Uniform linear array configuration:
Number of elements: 64
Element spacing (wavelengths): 1
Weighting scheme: hamming
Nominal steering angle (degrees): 45
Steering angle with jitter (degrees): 43.629
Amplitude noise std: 0.05
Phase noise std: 0.05

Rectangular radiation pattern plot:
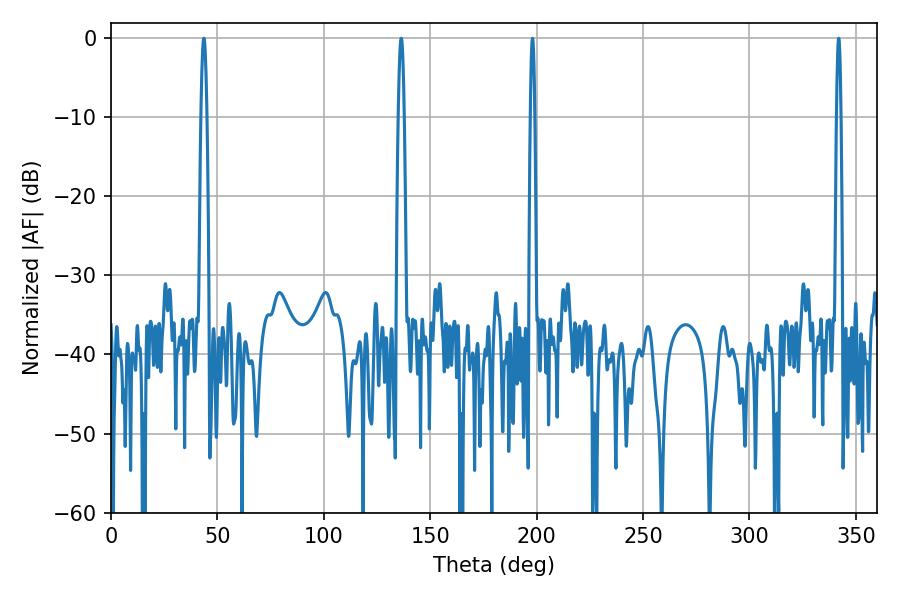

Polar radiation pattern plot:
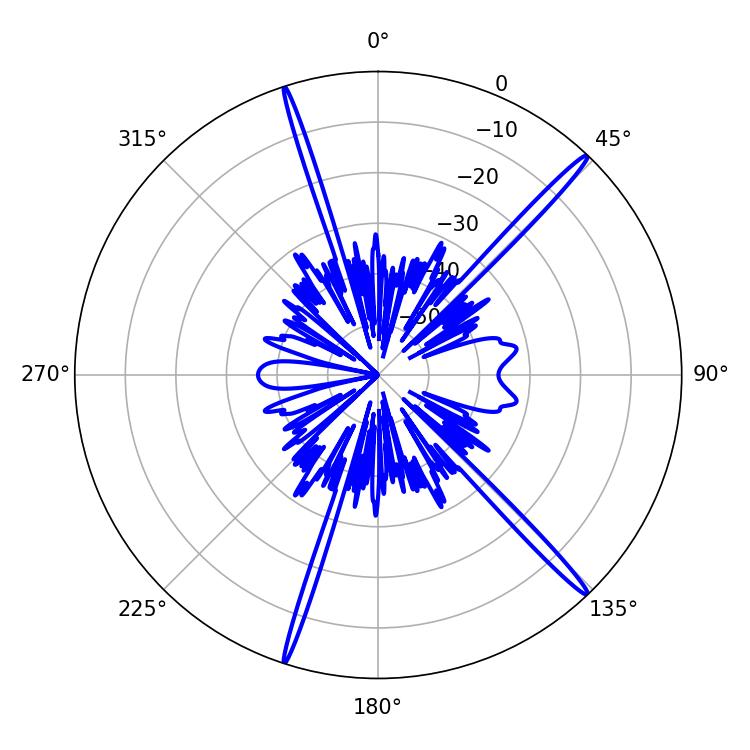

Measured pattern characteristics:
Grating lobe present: TRUE
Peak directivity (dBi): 18.614
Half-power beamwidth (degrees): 1.44
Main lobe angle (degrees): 43.56